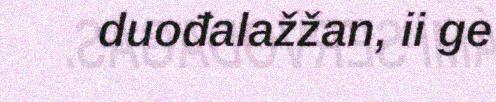
duođalažžan, ii ge